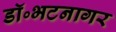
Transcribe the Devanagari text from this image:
डॉ॰भटनागर